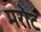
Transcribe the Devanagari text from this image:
मरोट